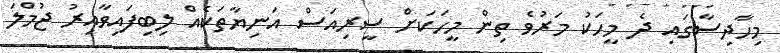
މިހާދިސާގައި ދެ މީހަކު މަރުވެ ތިން މީހަކަށް ސީރިއަސް އަނިޔާތަކެއް ލިބިފައިވާއިރު ޖުމްލަ